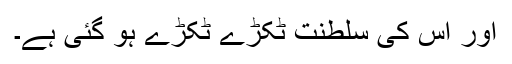
اور اس کی سلطنت ٹکڑے ٹکڑے ہو گئی ہے۔